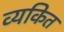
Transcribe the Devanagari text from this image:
व्‍यकित